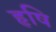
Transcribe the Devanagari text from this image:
हृषि